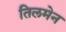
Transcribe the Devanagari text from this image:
तिलमेन